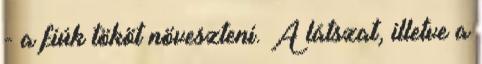
- a fiúk tököt növeszteni. A látszat, illetve a